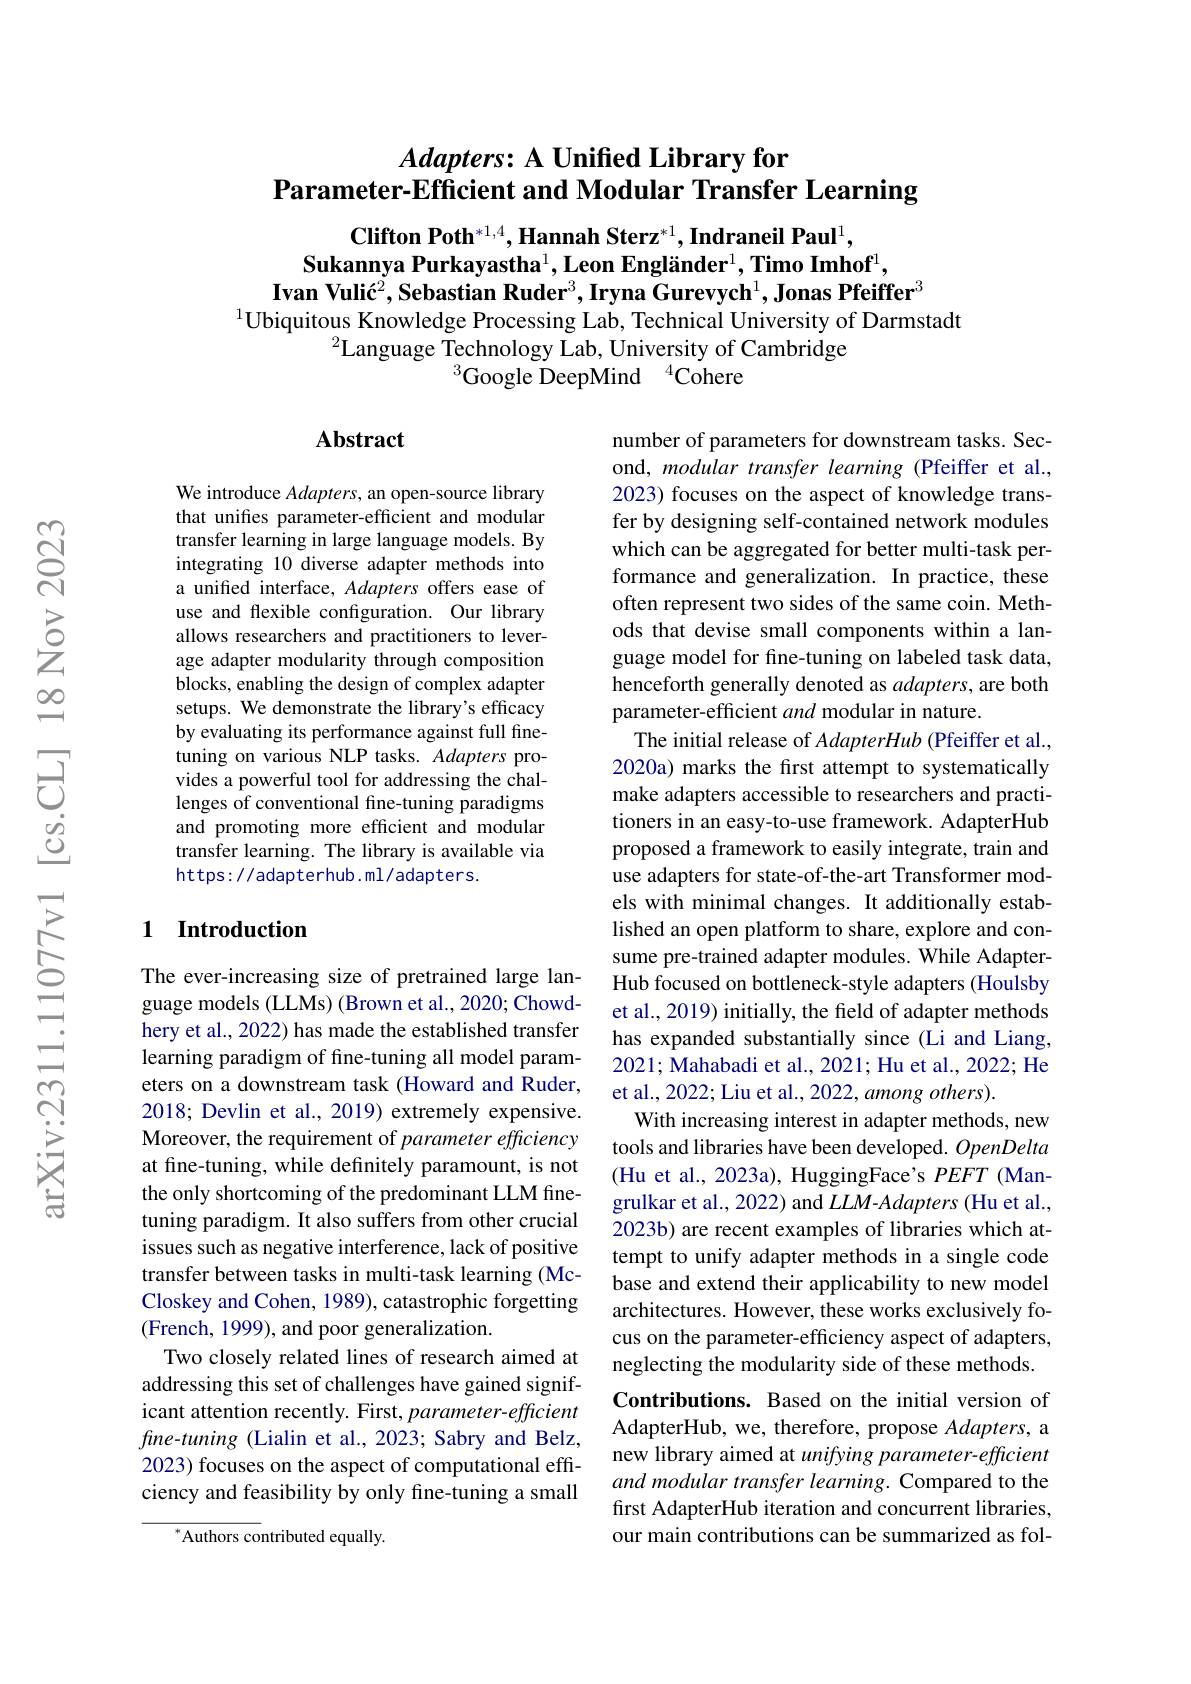
## $Adapters:A$ Unified Library for $\tilde{\textbf{Parameter-Efficient and Modular Transfer Learning}}$

Clifton Poth$^*1,4,\textbf{Hannah Sterz}^{*1},\textbf{Indraneil Paul}^1$,
$\textbf{Sukannya Purkayastha}^1,\textbf{Leon Engländer}^1,\textbf{Timo Imhof}^1$,
Ivan Vulić$^2,\textbf{Sebastian Ruder}^3,\textbf{Iryna Gurevych}^1,\textbf{Jonas Pfeiffer}^3$
$^{1}$Ubiquitous Knowledge Processing Lab, Technical University of Darmstadt

$^2$Language Technology Lab, University of Cambridge
$^3$Google DeepMind$^4$Cohere

### $\mathbf{Abstract}$

We introduce Adapters, an open-source library that unifes parameter-efficient and modular transfer learning in large language models. By integrating 10 diverse adapter methods into a unified interface, Adapters offers ease of use and flexible configuration. Our library allows researchers and practitioners to leverage adapter modularity through composition blocks, enabling the design of complex adapter setups. We demonstrate the library's efficacy by evaluating its performance against full finetuning on various NLP tasks. Adapters provides a powerful tool for addressing the challenges of conventional fine-tuning paradigms and promoting more efficient and modular transfer learning. The library is available via https: / / adapterhub. ml/ adapters.

## 1 Introduction

number of parameters for downstream tasks. Second, modular transfer learning (Pfeiffer et al. 2023) focuses on the aspect of knowledge transfer by designing self-contained network modules which can be aggregated for better multi-task performance and generalization. In practice, these often represent two sides of the same coin. Methods that devise small components within a language model for fine-tuning on labeled task data, henceforth generally denoted as adapters, are both parameter-efficient and modular in nature.
The initial release of AdapterHub (Pfeiffer et al. 2020a) marks the first attempt to systematically make adapters accessible to researchers and practitioners in an easy-to-use framework. AdapterHub proposed a framework to easily integrate, train and use adapters for state-of-the-art Transformer models with minimal changes. It additionally established an open platform to share, explore and consume pre-trained adapter modules. While AdapterHub focused on bottleneck-style adapters (Houlsby et al., 2019) initially, the freld of adapter methods has expanded substantially since (Li and Liang, 2021; Mahabadi et al., 2021; Hu et al., 2022; He et al., 2022; Liu et al., 2022, among others).
With increasing interest in adapter methods, new tools and libraries have been developed. OpenDelta (Hu et al., 2023a), HuggingFace's $PEFT$ (Mangrulkar et al., 2022) and $LLM$-Adapters (Hu et al., 2023b) are recent examples of libraries which attempt to unify adapter methods in a single code base and extend their applicability to new model architectures. However, these works exclusively focus on the parameter-efficiency aspect of adapters, neglecting the modularity side of these methods. Contributions. Based on the initial version of AdapterHub, we, therefore, propose Adapters, a new library aimed at unifying parameter-effcient and modular transfer learning. Compared to the first AdapterHub iteration and concurrent libraries, our main contributions can be summarized as fol-

The ever-increasing size of pretrained large language models (LLMs) (Brown et al., 2020; Chowdhery et al., 2022) has made the established transfer learning paradigm of fine-tuning all model parameters on a downstream task (Howard and Ruder, 2018; Devlin et al., 2019) extremely expensive. Moreover, the requirement of parameter efficiency at fine-tuning, while definitely paramount, is not the only shortcoming of the predominant LLM finetuning paradigm. It also suffers from other crucial issues such as negative interference, lack of positive transfer between tasks in multi-task learning (McCloskey and Cohen, 1989), catastrophic forgetting (French, 1999), and poor generalization.
Two closely related lines of research aimed at addressing this set of challenges have gained significant attention recently. First, parameter-efficient $fne-tuning$ (Lialin et al., 2023; Sabry and Belz, 2023) focuses on the aspect of computational effciency and feasibility by only fine-tuning a small

$^{*}$Authors contributed equally.